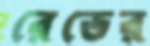
রেডের